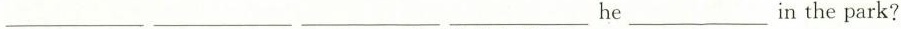
___ ___ ___ ___ he___ in the park?